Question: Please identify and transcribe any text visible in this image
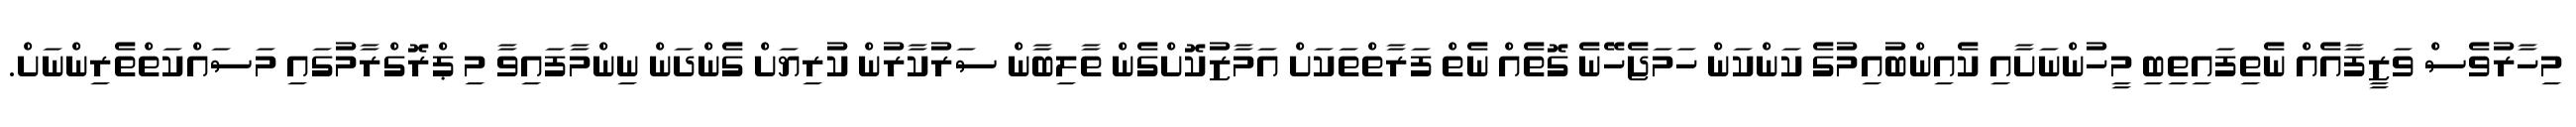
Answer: މިހާރުވެސް ވަޒީފާއެއް ނެތިފައިތިބި މީހުންނަށާއި ކެއިންބުއިމުގެ ކަންކަން ހަމަޖެހޭނެ ގޮތެއް ނެތް ފަރާތްތަކަށް އަމާޒުކޮށްގެން ތާލިބާން ސަރުކާރުން ކުރިޔަށް ގެންދަން ނިންމާފައިވާ މި ޕްރޮގްރާމުގައި މަސައްކަތްތެރިންނަށް.